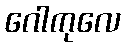
ဂေါကုလေ